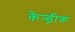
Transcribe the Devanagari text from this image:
केन्ड्रीक